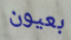
بعيون